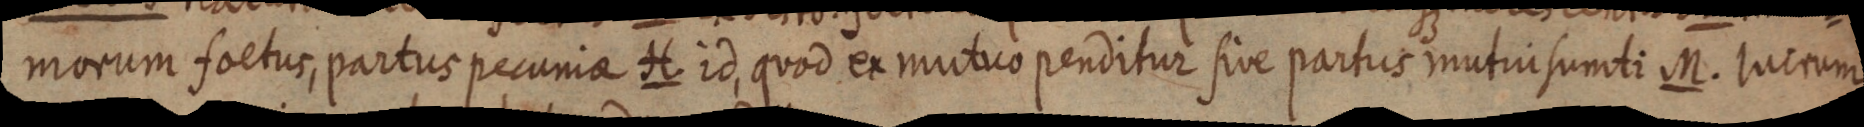
morum foetur, partus pecunia H. id, quod ex mutuo penditur sive partus mutui sumti M. lucrum